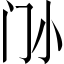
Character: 𡭜